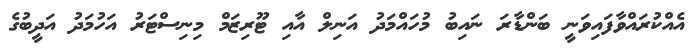
އެއްކުރައްވާފައިވަނީ ބަންޑާރަ ނައިބު މުހައްމަދު އަނިލް އާއި ޓޫރިޒަމް މިނިސްޓަރު އަހުމަދު އަދީބުގެ